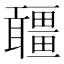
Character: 𤳾